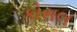
કોસલ